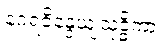
နဂရဝိန္ဒေယျသုဒ္ဓိကာ